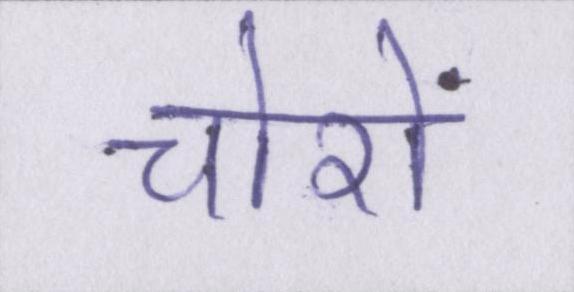
चोरों